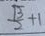
\frac { \sqrt { 3 } } { 2 } + 1